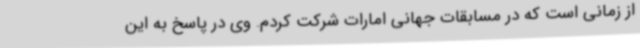
از زمانی است که در مسابقات جهانی امارات شرکت کردم. وی در پاسخ به این